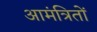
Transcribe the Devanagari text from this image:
आमंत्रितों